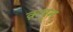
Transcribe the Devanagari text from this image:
क़यूम